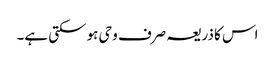
اس کا ذریعہ صرف وحی ہو سکتی ہے۔